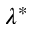
\lambda ^ { \ast }